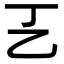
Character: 㐉